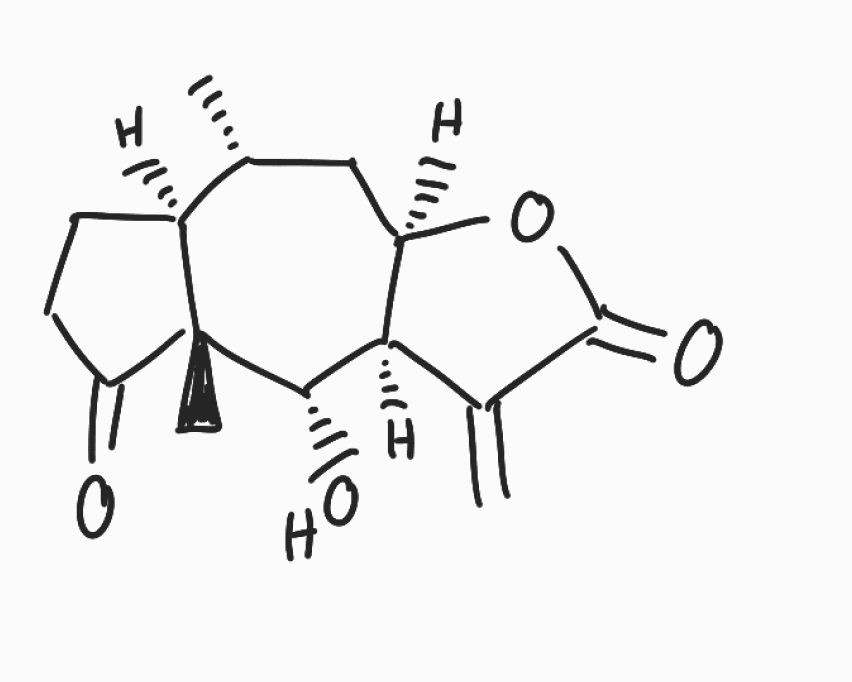
Simplified molecular-input line-entry system (SMILES) notation of the given molecule:
C[C@@H]1C[C@@H]2[C@H]([C@@H]([C@]3([C@H]1CCC3=O)C)O)C(=C)C(=O)O2